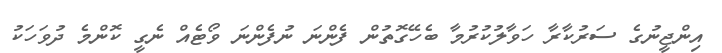
އިންޖީނުގެ ސަރުކާރާ ހަވާލުކުރުމާ ބެހޭގޮތުން ފެންނަ ނުފެންނަ ވޯޓެއް ނެގީ ކޮންމެ ދުވަހަކު